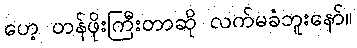
ဟေ့ တန်ဖိုးကြီးတာဆို လက်မခံဘူးနော်။